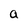
Character: a